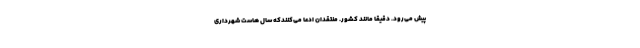
پیش می‌رود. دقیقا مانند کشور. منتقدان ادعا می‌کنندکه سال هاست شهرداری